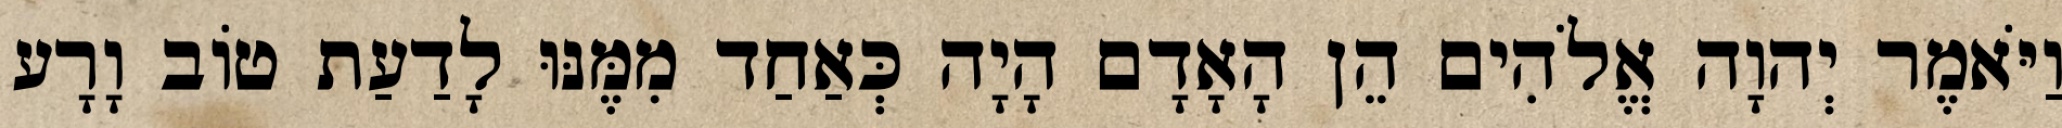
וַיֹּאמֶר יְהוָה אֱלֹהִים הֵן הָאָדָם הָיָה כְּאַחַד מִמֶּנּוּ לָדַעַת טֹוב וָרָע